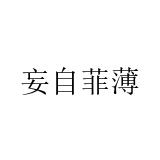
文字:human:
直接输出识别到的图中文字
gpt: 妄自菲薄